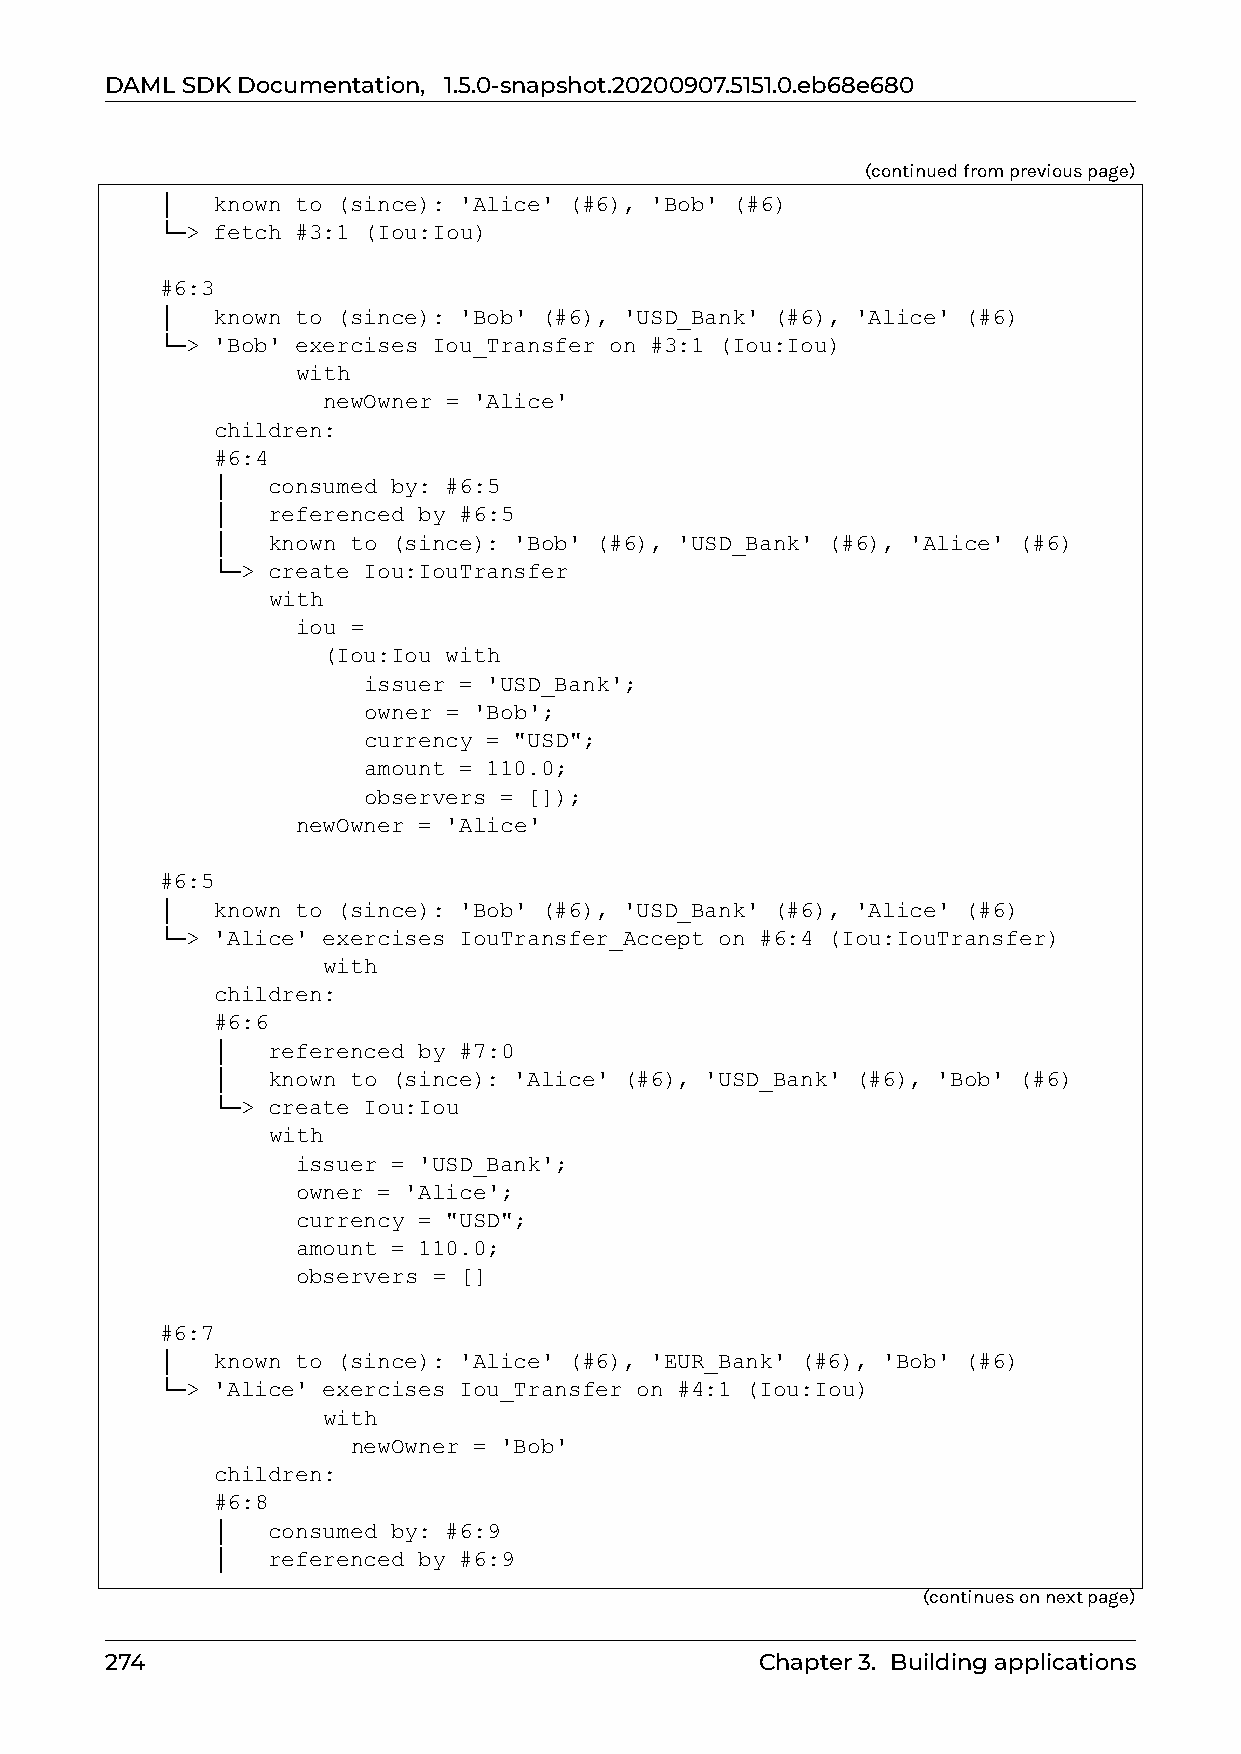
DAMLSDKDocumentation, 1.5.0-snapshot.20200907.5151.0.eb68e680
 (continuedfrompreviouspage)
 │  known to (since): 'Alice' (#6), 'Bob' (#6)
 └─> fetch #3:1 (Iou:Iou)
 #6:3
 │  known to (since): 'Bob' (#6), 'USD_Bank' (#6), 'Alice' (#6)
 └─> 'Bob' exercises Iou_Transfer on #3:1 (Iou:Iou)
 with
 newOwner = 'Alice'
 children:
 #6:4
 │   consumed by: #6:5
 │   referenced by #6:5
 │   known to (since): 'Bob' (#6), 'USD_Bank' (#6), 'Alice' (#6)
 └─> create Iou:IouTransfer
 with
 iou =
 (Iou:Iou with
 issuer = 'USD_Bank';
 owner = 'Bob';
 currency = "USD";
 amount = 110.0;
 observers = []);
 newOwner = 'Alice'
 #6:5
 │  known to (since): 'Bob' (#6), 'USD_Bank' (#6), 'Alice' (#6)
 └─> 'Alice' exercises IouTransfer_Accept on #6:4 (Iou:IouTransfer)
 with
 children:
 #6:6
 │   referenced by #7:0
 │   known to (since): 'Alice' (#6), 'USD_Bank' (#6), 'Bob' (#6)
 └─> create Iou:Iou
 with
 issuer = 'USD_Bank';
 owner = 'Alice';
 currency = "USD";
 amount = 110.0;
 observers = []
 #6:7
 │  known to (since): 'Alice' (#6), 'EUR_Bank' (#6), 'Bob' (#6)
 └─> 'Alice' exercises Iou_Transfer on #4:1 (Iou:Iou)
 with
 newOwner = 'Bob'
 children:
 #6:8
 │   consumed by: #6:9
 │   referenced by #6:9
 (continuesonnextpage)
 274                                        Chapter3. Buildingapplications